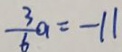
\frac { 3 } { 6 } a = - 1 1